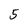
Character: 5